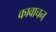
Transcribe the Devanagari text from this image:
कावाचन